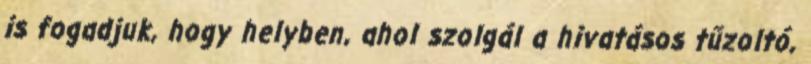
is fogadjuk, hogy helyben, ahol szolgál a hivatásos tűzoltó,